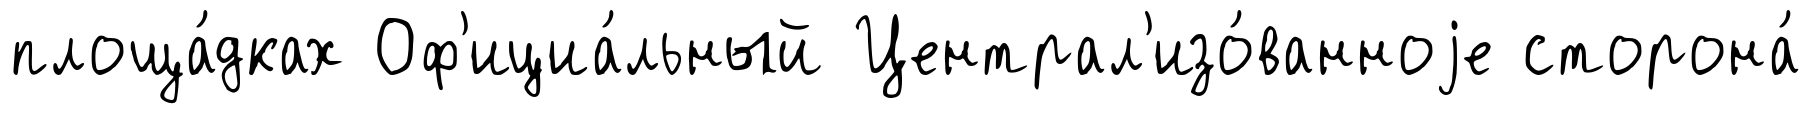
площа́дках Оф'ициа́льный Централ'изо́ванноjе сторона́